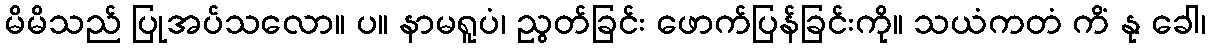
မိမိသည် ပြုအပ်သလော။ ပ။ နာမရူပံ၊ ညွတ်ခြင်း ဖောက်ပြန်ခြင်းကို။ သယံကတံ ကိံ နု ခေါ၊